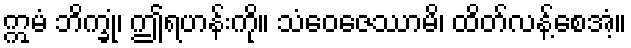
ဣမံ ဘိက္ခုံ၊ ဤရဟန်းကို။ သံဝေဇေဿာမိ၊ ထိတ်လန့်စေအံ့။